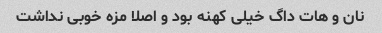
نان و هات داگ خیلی کهنه بود و اصلا مزه خوبی نداشت